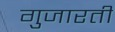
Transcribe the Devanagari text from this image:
गुजारती